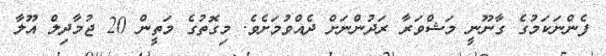
ފެންނަކަމުގެ ގާނޫނީ މަޝްވަރާ ރަދުންނަށް ދެއްވުމަށެވެ. މިގޮތުގެ މަތީން 20 ޖުމާދިލް އޫލާ